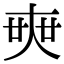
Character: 𡘲